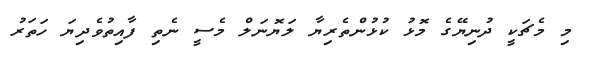
މި މެޗަކީ ދުނިޔޭގެ މޮޅު ކުޅުންތެރިޔާ ލަޔޮނަލް މެސީ ނެތި ފާއިތުވެދިޔަ ހަތަރު